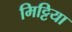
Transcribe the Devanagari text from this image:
मिट्टिया